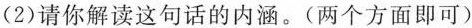
(2)请你解读这句话的内涵。(两个方面即可)